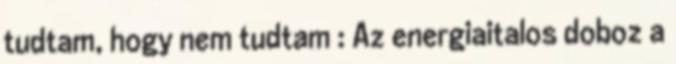
tudtam, hogy nem tudtam : Az energiaitalos doboz a